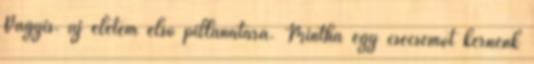
Vagyis. új életem első pillanatára. Mintha egy csecsemőt kérnénk